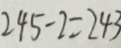
2 4 5 - 2 = 2 4 3